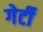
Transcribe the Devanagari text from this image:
गेर्टी